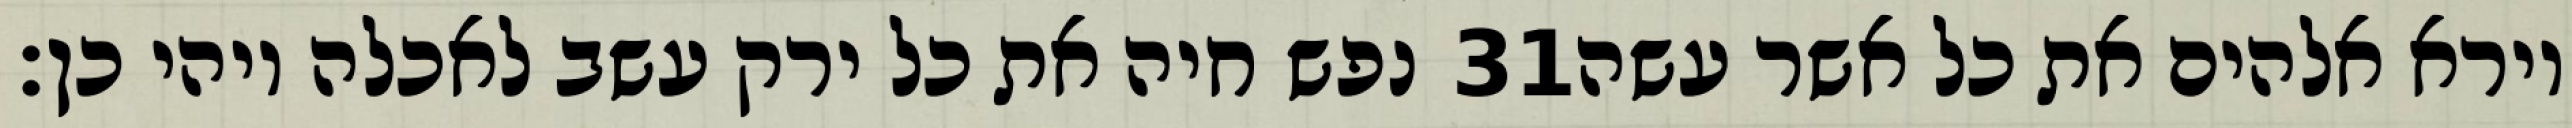
נפש חיה את כל ירק עשב לאכלה ויהי כן׃ ‎31‏ וירא אלהים את כל אשר עשה